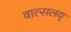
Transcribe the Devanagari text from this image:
वात्सलय्